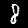
Label: 8